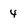
Character: 4